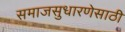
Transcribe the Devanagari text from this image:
समाजसुधारणेसाठी